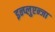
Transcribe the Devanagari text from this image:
इन्प्लुएन्जा